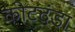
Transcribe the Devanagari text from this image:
कोटदंडा